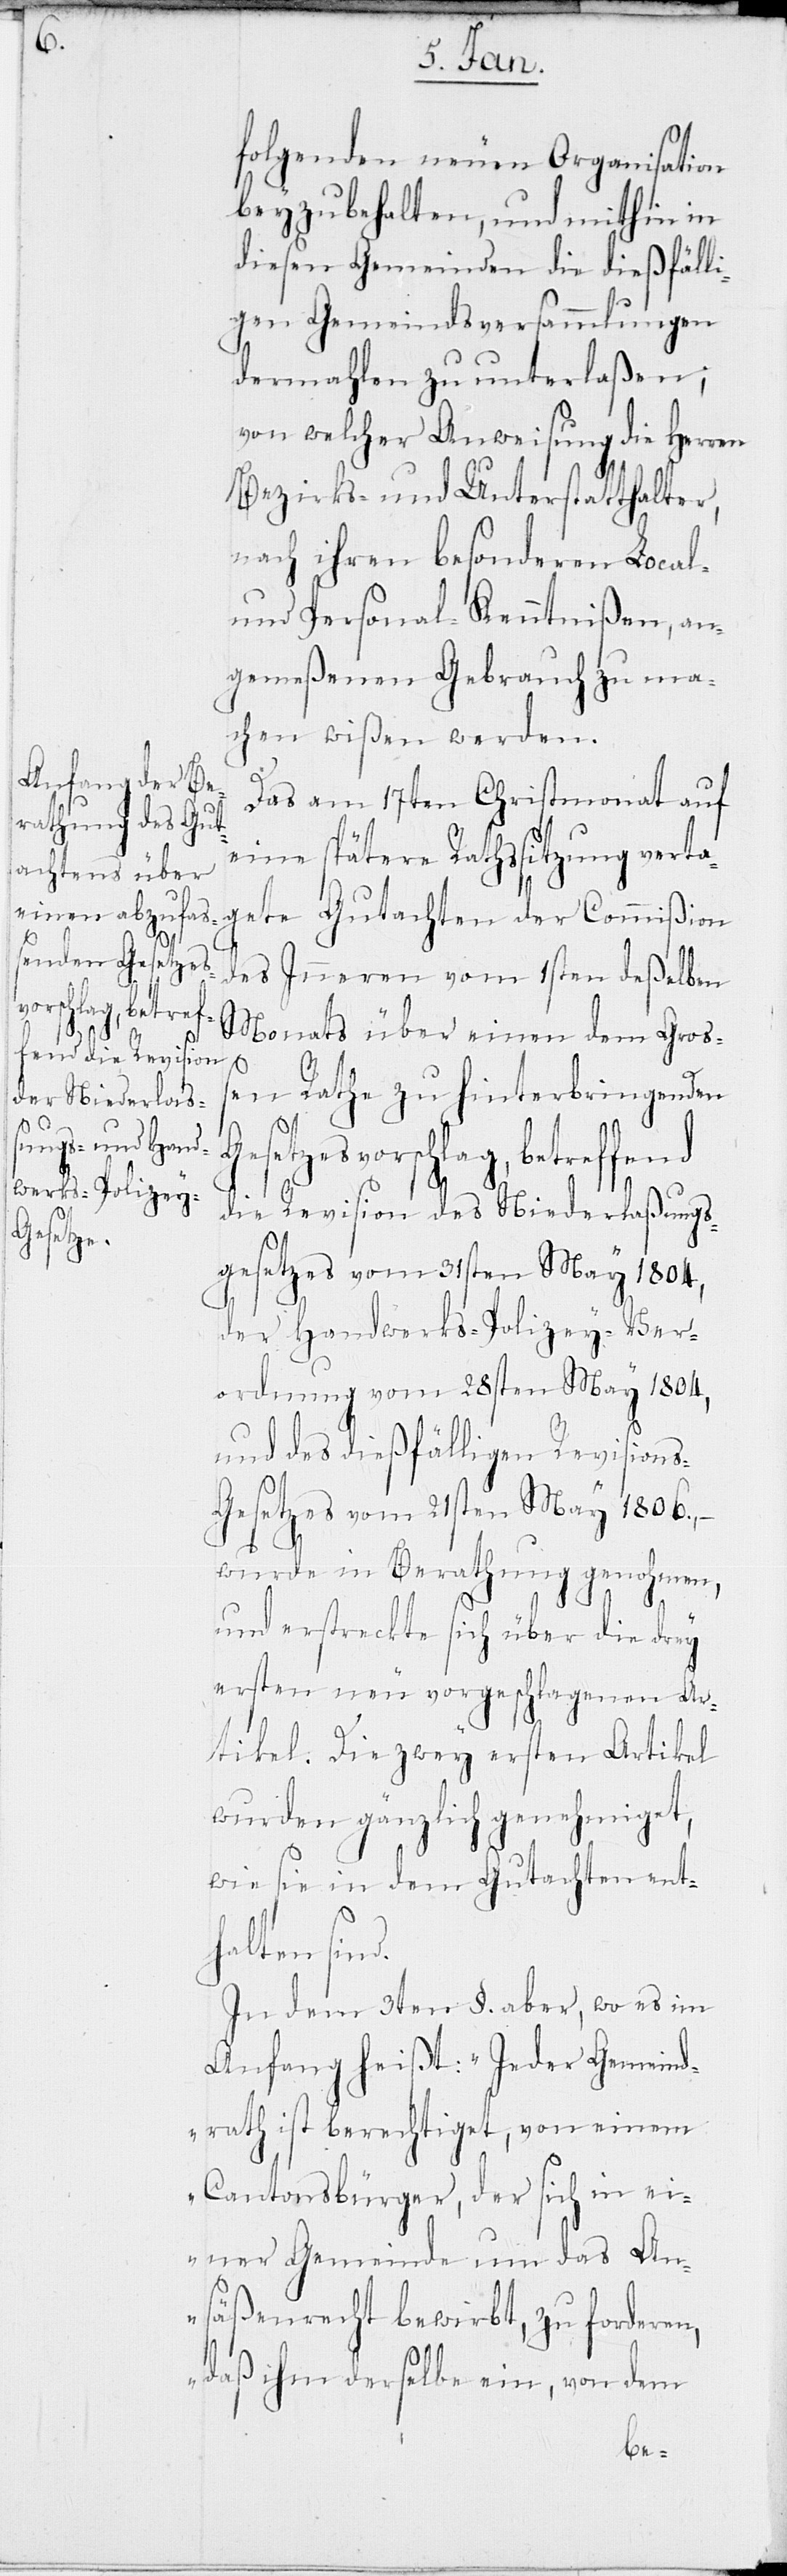
d.
Gesetze¬

folgenden neuen Organisation
beyzbehalten, und mithin in
diesen Gemeinden die dießfälli¬
gen Gemeindsversammlungen
dermahlen zu unterlaßen,
von welcher Anweisung die Herren
Bezirks- und Unterstatthalter,
nach ihren besonderen Local-
und Personal-Kenntnißen, an¬
gemeßenen Gebrauch zu ma¬
chen wißen werden.
Das am 17ten Christmonat auf
eine spätere Rathssitzung verta¬
gete Gutachten der Commißion
des Inneren vom 1sten deßelben
Monats über einen dem Groß¬
en Rathe zu hinterbringenden
svorschlag, betreffend
die Revision des Niederlaßungs¬
gesetzes vom 31sten May 1804,
der Handwerks-Polizey-Ver¬
ordnung vom 28sten May 1804,
und des dießfälligen Revision¬
s-Gesetzes vom 21sten May 1806., –
wurde in Berathung genohmen,
und erstreckte sich über die drey
ersten neu vorgeschlagenen Ar¬
tikel. Die zwey ersten Artikel
wurden gänzlich genehmiget,
wie sie in dem Gutachten ent¬
halten sin¬
In dem 3ten §. aber, wo es im
Anfang heißt: „Jeder Gemeind¬
rath ist berechtiget, von einem
Cantonsbürger, der sich in ei¬
ner Gemeinde um das An¬
säßenrecht bewirbt, zu forderen,
daß ihm derselbe ein, von dem